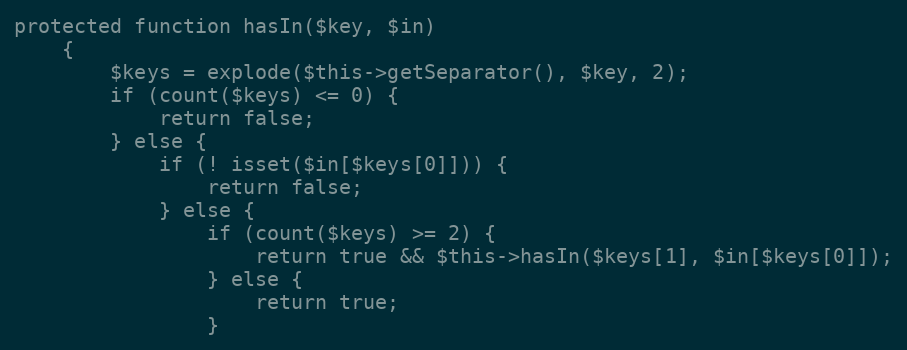
Language: PHP
protected function hasIn($key, $in)
    {
        $keys = explode($this->getSeparator(), $key, 2);
        if (count($keys) <= 0) {
            return false;
        } else {
            if (! isset($in[$keys[0]])) {
                return false;
            } else {
                if (count($keys) >= 2) {
                    return true && $this->hasIn($keys[1], $in[$keys[0]]);
                } else {
                    return true;
                }